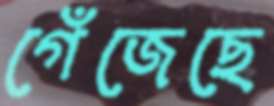
গেঁজেছে